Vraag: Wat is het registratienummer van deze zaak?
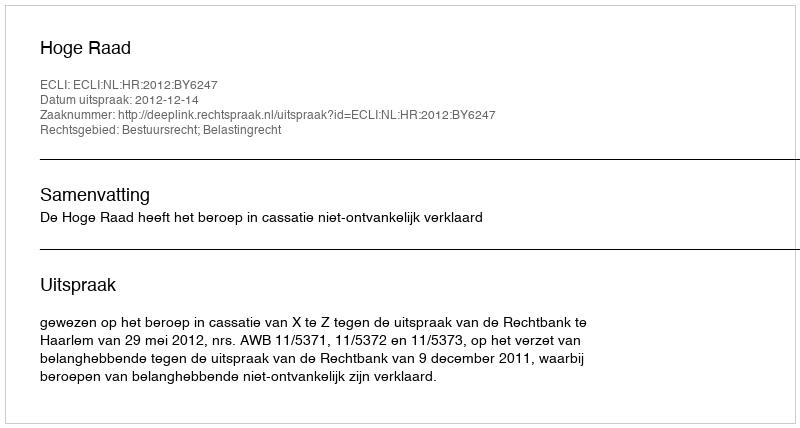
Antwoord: http://deeplink.rechtspraak.nl/uitspraak?id=ECLI:NL:HR:2012:BY6247